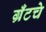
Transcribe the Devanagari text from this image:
ग्रँटचे